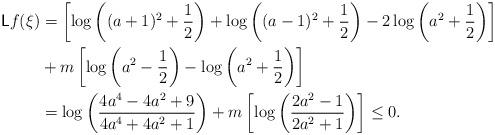
LaTeX: \begin{align*}{\sf L}f(\xi)&=\left[\log\left((a+1)^2+\frac12\right)+\log\left((a-1)^2+\frac12\right)-2\log\left(a^2+\frac12\right)\right]\\&+m\left[\log\left(a^2-\frac12\right)-\log\left(a^2+\frac12\right)\right]\\&=\log\left(\frac{4a^4-4a^2+9}{4a^4+4a^2+1}\right)+m\left[\log\left(\frac{2a^2-1}{2a^2+1}\right)\right]\leq 0.\end{align*}